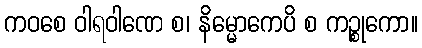
ကဝစေ ဝါရဝါဏေ စ၊ နိမ္မောကေပိ စ ကဉ္စုကော။